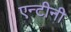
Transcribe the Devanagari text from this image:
एन्टीनी